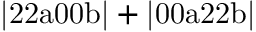
\mathrm { | 2 2 a 0 0 b | + | 0 0 a 2 2 b | }